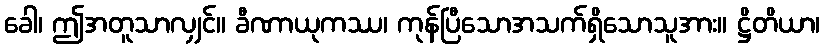
ခေါ၊ ဤအတူသာလျှင်။ ခီဏာယုကဿ၊ ကုန်ပြီသောအသက်ရှိသောသူအား။ ဋ္ဌိတိယာ၊